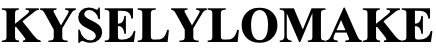
KYSELYLOMAKE